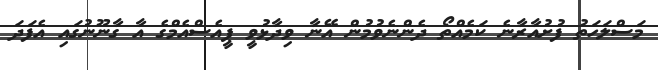
މަސްލަހަތު ފުށުއާރާނެ ކަމެއްތޯ ދެންނެވުމުން އޭނާ ވިދާޅުވީ ޕީއެސްއެމްގެ އާ ގާނޫނުގައި އެފަދަ